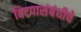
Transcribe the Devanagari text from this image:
विटपासंबंधीचे